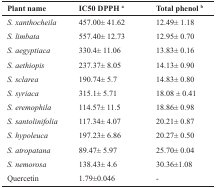
| Plant name | IC50 DPPH a | Total phenol b |
 | --- | --- | --- |
 | S. xanthocheila | 457.00± 41.62 | 12.49± 1.18 |
 | S. limbata | 557.40± 12.73 | 12.95± 0.70 |
 | S. aegyptiaca | 330.4± 11.06 | 13.83± 0.16 |
 | S. aethiopis | 237.37± 8.05 | 14.13± 0.90 |
 | S. sclarea | 190.74± 5.7 | 14.83± 0.80 |
 | S. syriaca | 315.1± 5.71 | 18.08 ± 0.41 |
 | S. eremophila | 114.57± 11.5 | 18.86± 0.98 |
 | S. santolinifolia | 117.34± 4.07 | 20.21± 0.87 |
 | S. hypoleuca | 197.23± 6.86 | 20.27± 0.50 |
 | S. atropatana | 89.47± 5.97 | 25.70± 0.04 |
 | S. nemorosa | 138.43± 4.6 | 30.36±1.08 |
 | Quercetin | 1.79±0.046 | - |